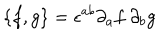
LaTeX: \{ f , g \} = \epsilon ^ { a b } \partial _ { a } f ~ \partial _ { b } g